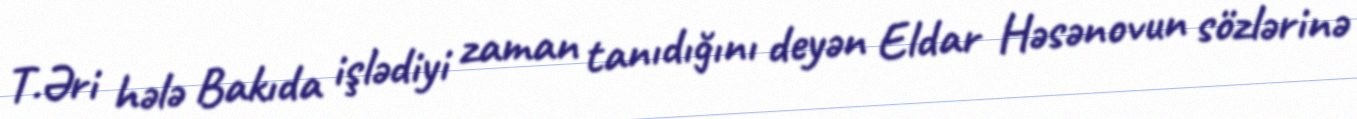
T.Əri hələ Bakıda işlədiyi zaman tanıdığını deyən Eldar Həsənovun sözlərinə